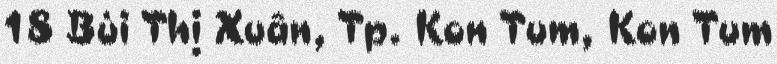
18 Bùi Thị Xuân, Tp. Kon Tum, Kon Tum